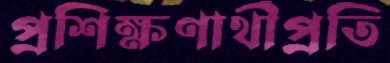
প্রশিক্ষণার্থীপ্রতি